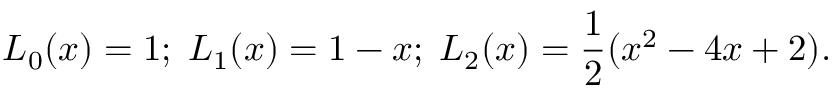
L _ { 0 } ( x ) = 1 ; \; L _ { 1 } ( x ) = 1 - x ; \; L _ { 2 } ( x ) = \frac { 1 } { 2 } ( x ^ { 2 } - 4 x + 2 ) .